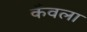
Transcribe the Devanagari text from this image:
कँवला